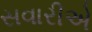
સવારીએ